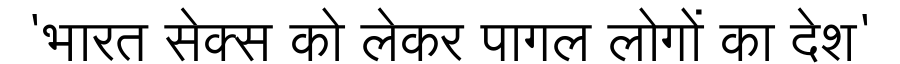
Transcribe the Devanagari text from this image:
'भारत सेक्स को लेकर पागल लोगों का देश'